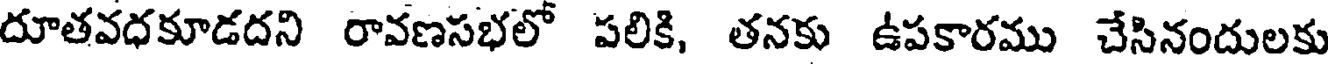
దూతవధకూడదని రావణసభలో పలికి, తనకు ఉపకారము చేసినందులకు